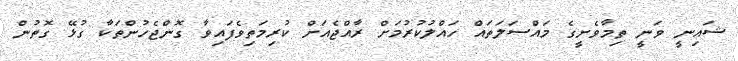
ޝައިނީ ވަނީ ތިމާވެށީގެ މައްސަލަތައް ހައްލުކުރުމަށް ރާއްޖެއަށް ކުރިމަތިވެފައިވާ ގޮންޖެހުންތަކާ ގުޅޭ ގޮތުން